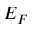
E _ { F }